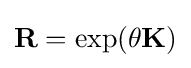
\mathbf {R} =\exp(\theta \mathbf {K} )